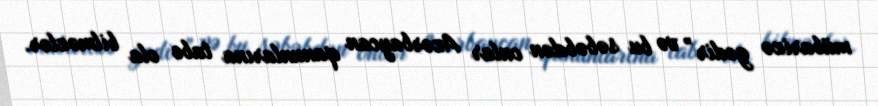
mübarizə gedir” və bu səbəbdən onlar Azərbaycan qanunlarına tabe ola bilməzlər.